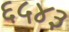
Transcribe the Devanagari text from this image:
६५४३